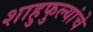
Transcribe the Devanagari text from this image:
शाहुफुल्यांचे